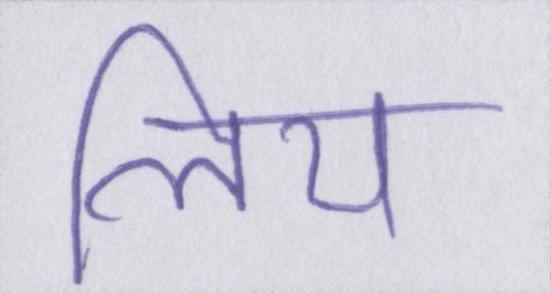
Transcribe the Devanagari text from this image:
लिय